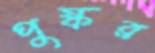
পুষ্কর